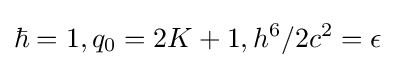
\hbar =1,q_{0}=2K+1,h^{6}/2c^{2}=\epsilon